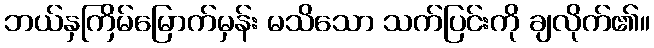
ဘယ်နှကြိမ်မြောက်မှန်း မသိသော သက်ပြင်းကို ချလိုက်၏။